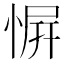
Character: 𪬑